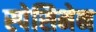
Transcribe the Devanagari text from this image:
स्पेसिमेन